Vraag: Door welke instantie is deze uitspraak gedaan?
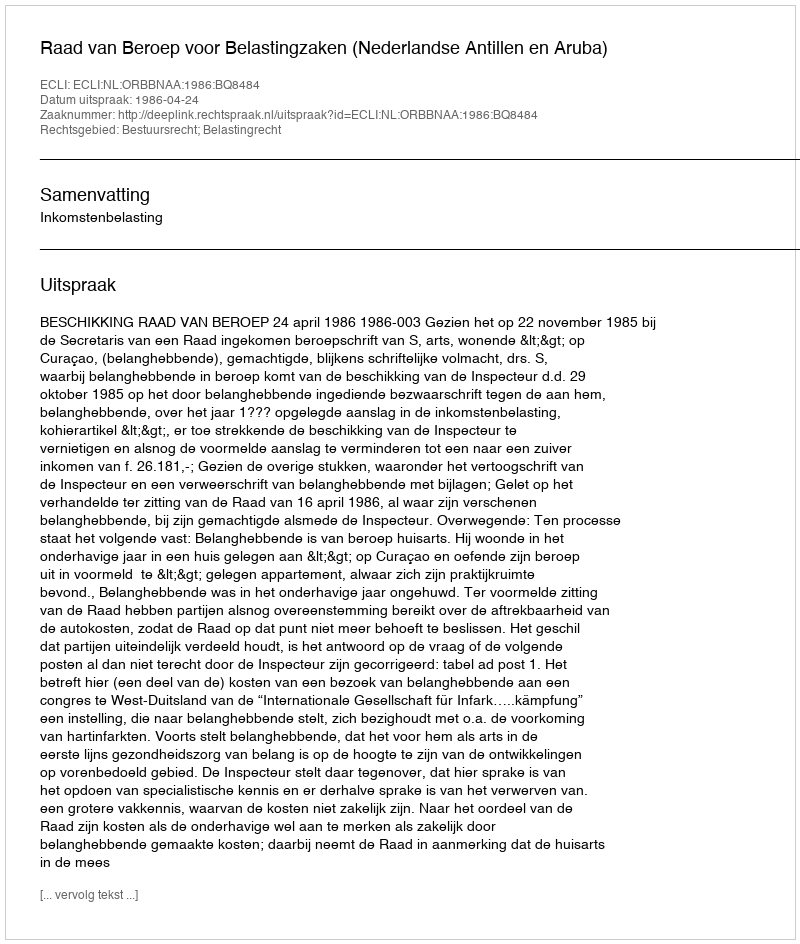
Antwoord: Raad van Beroep voor Belastingzaken (Nederlandse Antillen en Aruba)